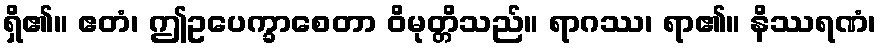
ရှိ၏။ ဧတံ၊ ဤဥပေက္ခာစေတာ ဝိမုတ္တိသည်။ ရာဂဿ၊ ရာ၏။ နိဿရဏံ၊